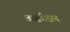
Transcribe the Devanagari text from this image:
अष्टवैद्यन